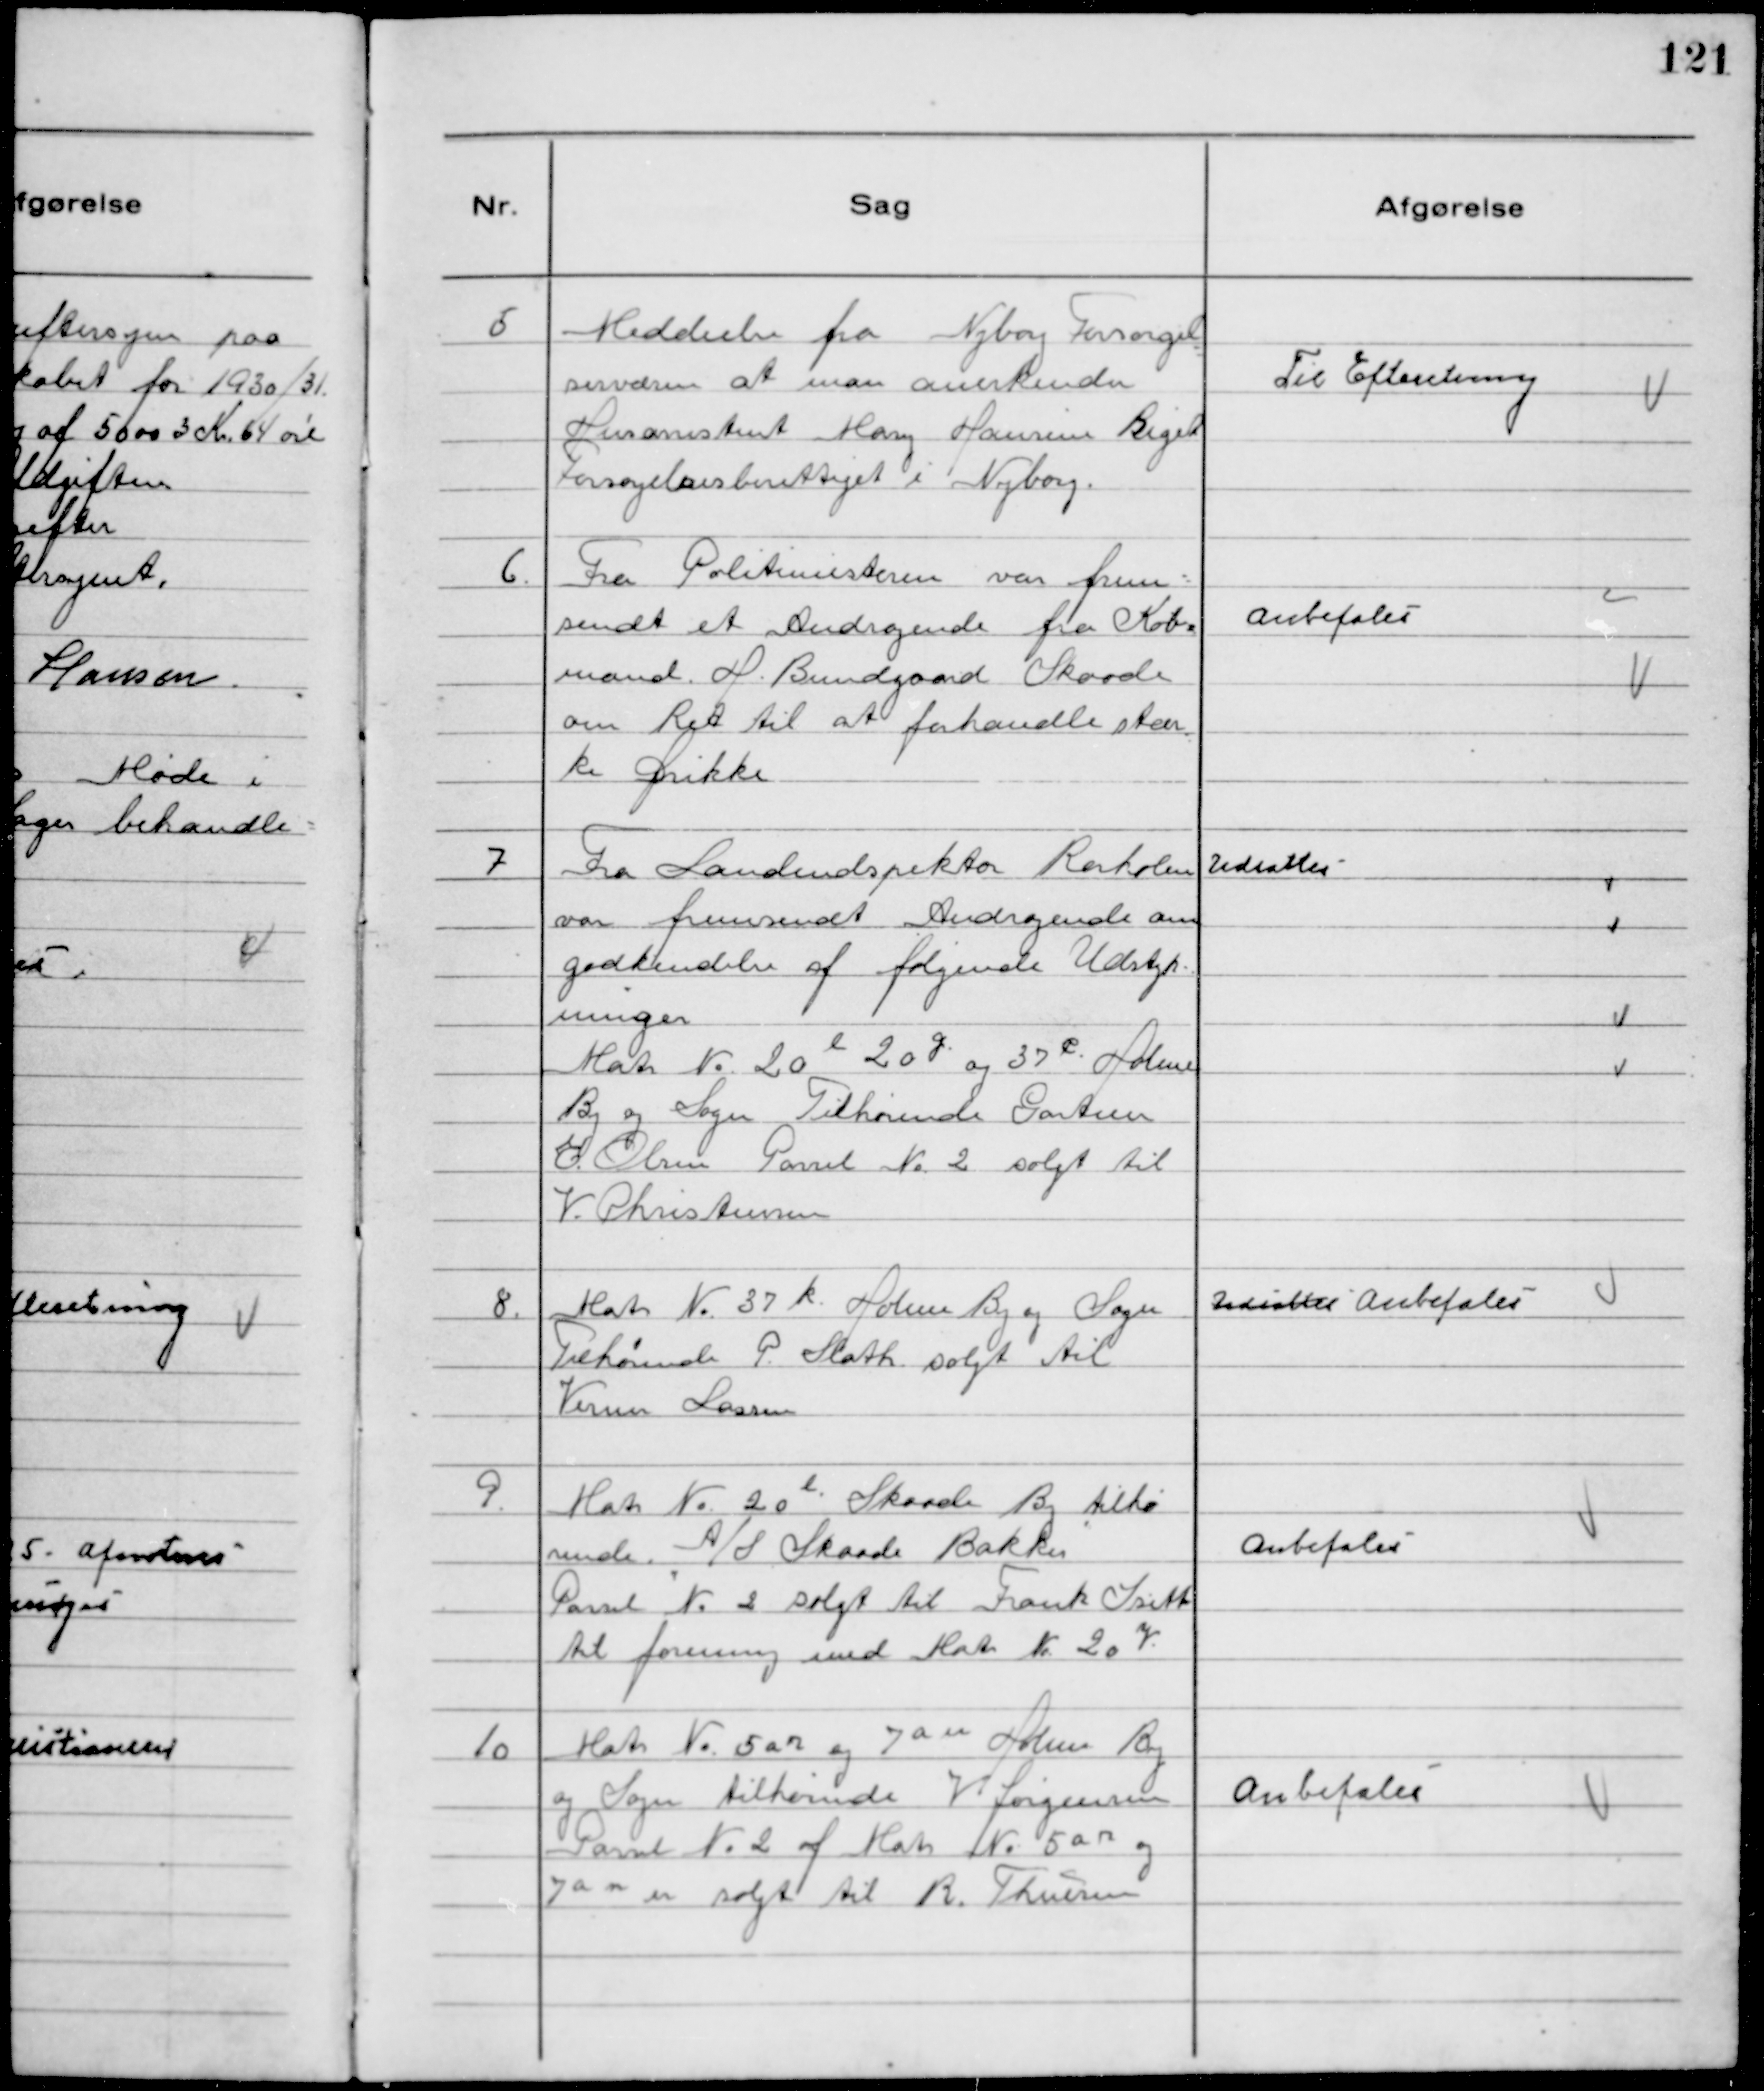
Transskription:
5
 Meddeelse fra Nyborg Forsørgel
sesvæsen at man anerkender
Husassistent Mary Hansen Bigel
Forsørgelsesberettiget i Nyborg.

Til Efteretning

6.
Fra Politimesteren var frem-
sendt et Andragende fra Køb-
mand H. Bundgaard Skaade
om Ret til at forhandle stær
ke Drikke

Anbefales

7
Fra Landindspektør Rørholm
var fremsendt Andragende om
godkendelse af følgende Udstyk-
ninger
Matr №20 l 20 g og 37 c Holme
By og Sogn Tilhørende Gartner
O. Olsen Parsel №2 solgt til
V. Christensen

Udsattes

8.
Matr № 37 k Holme By og Sogn
Tilhørende P. Sloth solgt til
Verner Lassen

Udsattes Anbefales

9.
Matr № 20 l Skaade By tilhø
rende "A/S Skaade Bakker"
Parsel № 2 solgt til Frank Isitt
til forening med Matr №20 y.

Anbefales

10
Matr №5 anog 7 a n Holme By
og Sogn tilhørende V Jørgensen
Parsel № 2 af Matr № 5 anog
7 a n er solgt til R. Thuesen

Anbefales